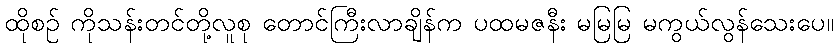
ထိုစဉ် ကိုသန်းတင်တို့လူစု တောင်ကြီးလာချိန်က ပထမဇနီး မမြမြ မကွယ်လွန်သေးပေ။